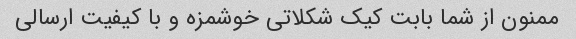
ممنون از شما بابت کیک شکلاتی خوشمزه و با کیفیت ارسالی